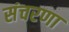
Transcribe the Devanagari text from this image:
संचरणा